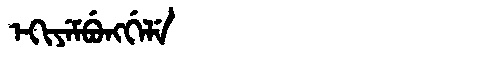
Manchu: ᡝᡴᡳᠶᡝᠮᠪᡠᠩᡤᡝᠯᡝ
Romanization: EKIYEMBUNGGELE